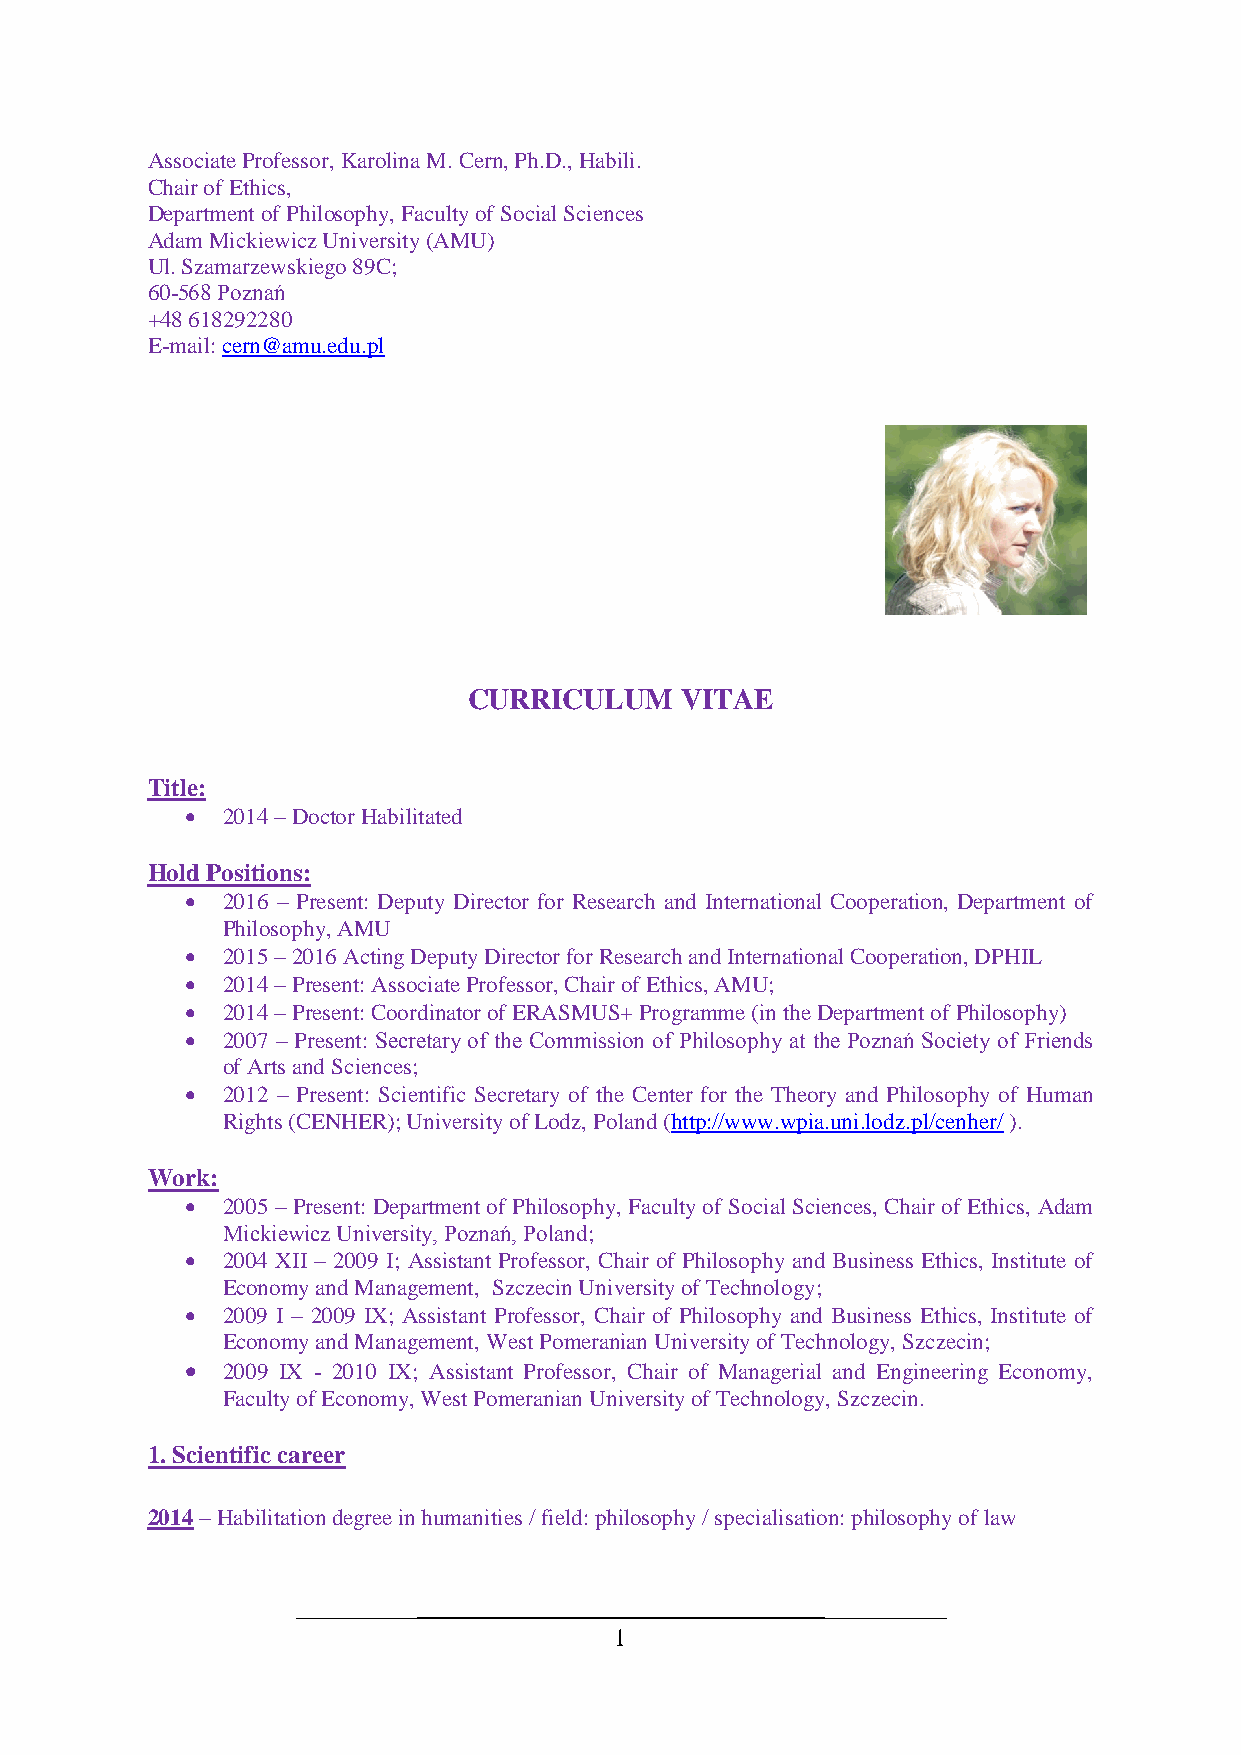
Associate Professor, Karolina M. Cern, Ph.D., Habili.
 Chair of Ethics,
 Department of Philosophy, Faculty of Social Sciences
 Adam Mickiewicz University (AMU)
 Ul. Szamarzewskiego 89C;
 60-568 Poznań
 +48 618292280
 E-mail: cern@amu.edu.pl
 CURRICULUM    VITAE
 Title:
   2014 – Doctor Habilitated
 Hold Positions:
   2016 – Present: Deputy Director for Research and International Cooperation, Department of
 Philosophy, AMU
   2015 – 2016 Acting Deputy Director for Research and International Cooperation, DPHIL
   2014 – Present: Associate Professor, Chair of Ethics, AMU;
   2014 – Present: Coordinator of ERASMUS+ Programme (in the Department of Philosophy)
   2007 – Present: Secretary of the Commission of Philosophy at the Poznań Society of Friends
 of Arts and Sciences;
   2012 – Present: Scientific Secretary of the Center for the Theory and Philosophy of Human
 Rights (CENHER); University of Lodz, Poland (http://www.wpia.uni.lodz.pl/cenher/ ).
 Work:
   2005 – Present: Department of Philosophy, Faculty of Social Sciences, Chair of Ethics, Adam
 Mickiewicz University, Poznań, Poland;
   2004 XII – 2009 I; Assistant Professor, Chair of Philosophy and Business Ethics, Institute of
 Economy and Management, Szczecin University of Technology;
   2009 I – 2009 IX; Assistant Professor, Chair of Philosophy and Business Ethics, Institute of
 Economy and Management, West Pomeranian University of Technology, Szczecin;
   2009 IX - 2010 IX; Assistant Professor, Chair of Managerial and Engineering Economy,
 Faculty of Economy, West Pomeranian University of Technology, Szczecin.
 1. Scientific career
 2014 – Habilitation degree in humanities / field: philosophy / specialisation: philosophy of law
 1